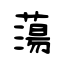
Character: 蕩